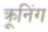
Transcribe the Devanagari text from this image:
क्रूनिंग